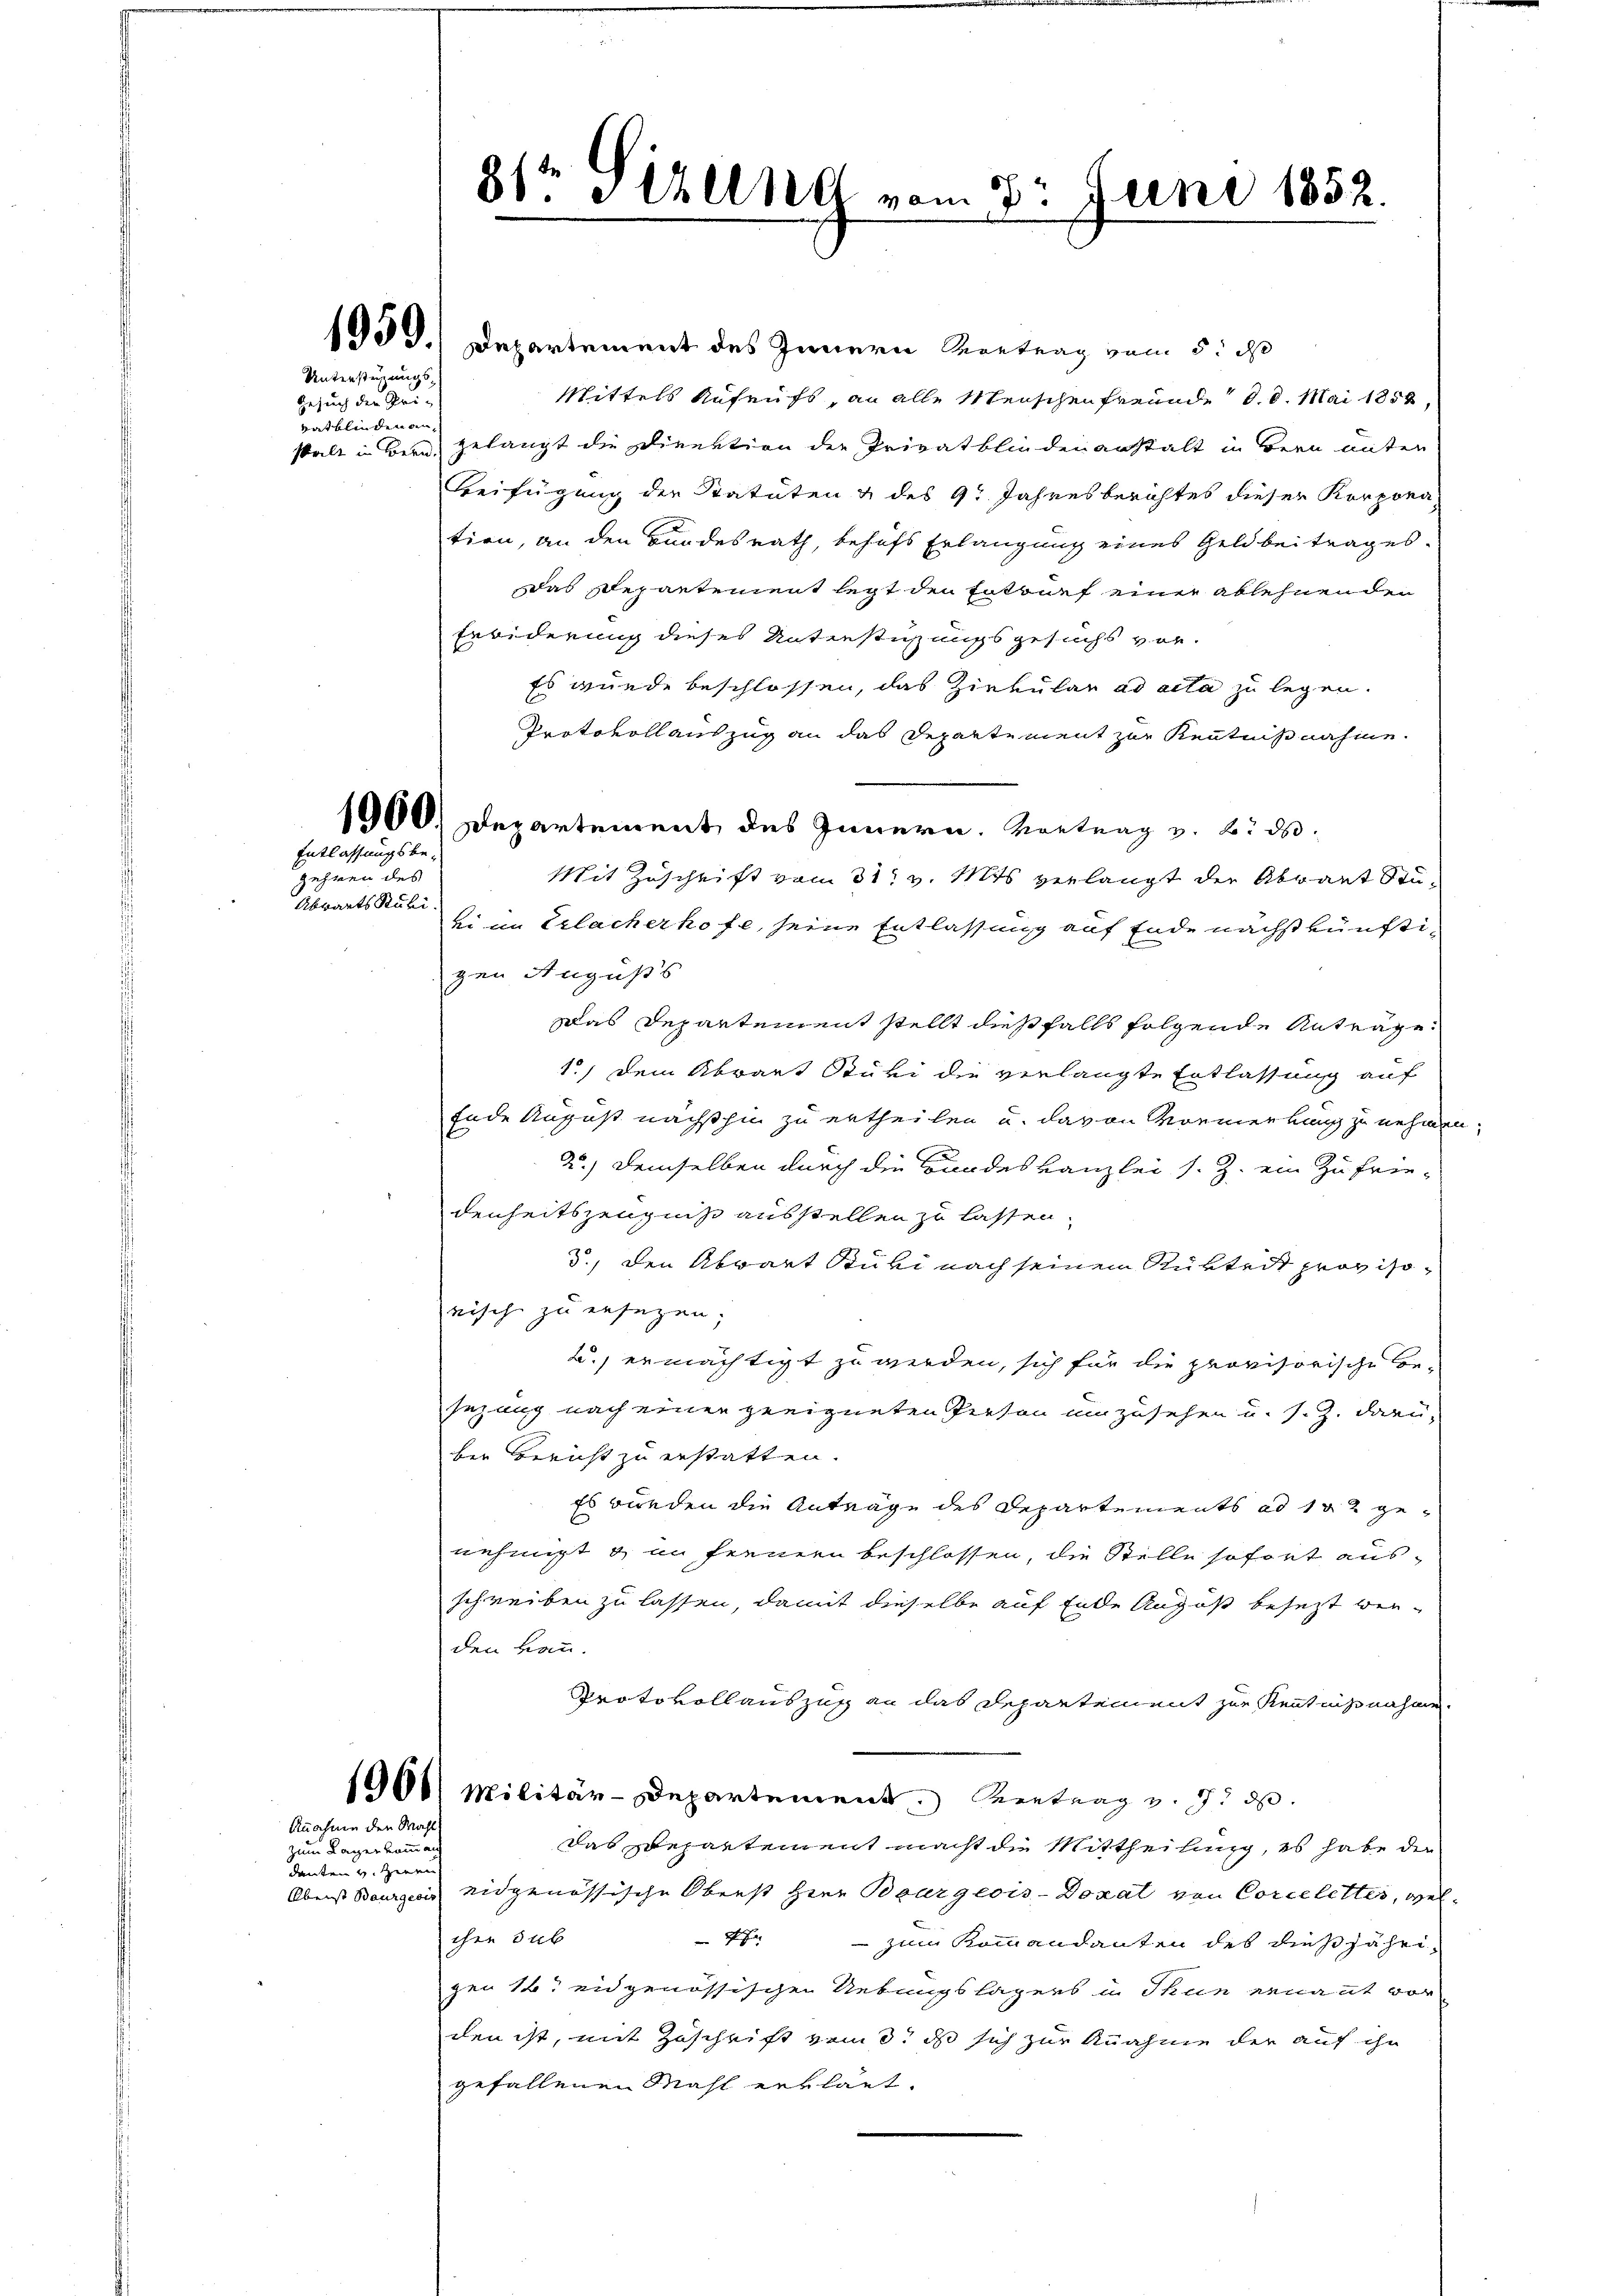
Unterstüzungs-
Gesuch der Pri
vatblinden an¬

Entlassungsbe¬

gehinen des
Abwarts Ruhi.

Annahme den Wahl
zum Lager kommann

danten v. Gegen

8sten Halle vom 8. Juni 1852.

1959.) Departement des Innern Vertrag vom 5. d
Mittels Aufrufs, an alle Menschenfreunde d. d. Mai 1854,
stalt in Bern, gelangt die Direktion der Privatbliedenanstalt in Bern unter
Beifügung der Statuten & des 9. Jahresberichtes dieser Korpora-
tion, an den Bundesrath, behufs Erlangung eines Geldbeitrages
das Departement legt den Entwurf einer ablehnenden
Erbiderung dieses Unterstützungsgesuchs vor¬
Es wurde beschlossen, das Zirkular ad acta zu legen.
Protokollauszug an das Departement zur Kenntnißnahme.
1900. Departement des Innern. Vortrag z. B. d.
Mit Zuschrift vom 31. v. Mts. verlangt der Abrant Stuei im Erlacherhofe, seine Entlassung auf Ende nächstkünftizen Augußs
Das Departement stellt dießfalls folgende Anträge
1.) Dem Abwart Stavi die verlangte Entlassung auf
Ende August nächsthin zu ertheilen u. davon Vormerkung zu nehmen.
2.) Demselben durch die Bundeskanzlei s. Z. ein Zufrie-
denheitszeugniß ausstellen zu lassen.
3., den Abwart Stubi nach seinem Ritteit provisonisch zu ersagen;
2.) ermächtigt zu werden, sich für die provisorische Be-
sezung nach einer geeigneten Person umzusehen u. s. Z. darü-
ber Bericht zu erstatten.
Es wurden die Anträge des Departements ad 102 genehmigt & an fernern beschlossen, die Stelle sofort aus-
schreiben zu lassen, damit dieselbe auf Ende August besezt werden kann.
Protokollauszug an das Departement zur Kenntnißnahme
1000 Militär-Departement. Seintrag v. 7. ds.
das Departement macht die Mittheilung, es habe die
Oberst Bourgeois eidgenössische Oberst Herr Bourgeois-Dozal von Corceletter, welchen sub
P
 zum Kommandanten des dießjährigen 16. eidgenössischen Uebungslagers in Thun ernannt vorden ist, mit Zuschrift vom 3. ds sich zur Annahme der auf ihn
gefallenen Mahl erklärt.